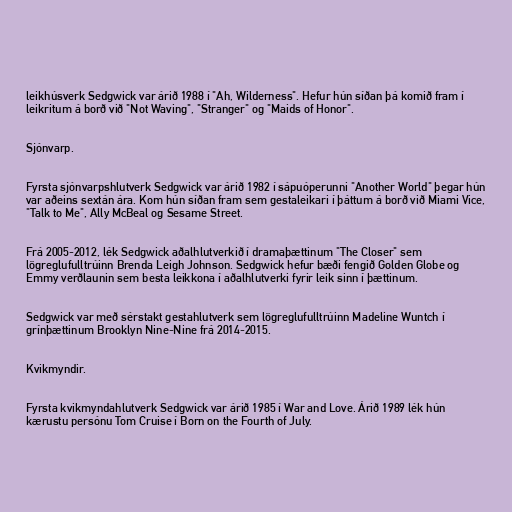
leikhúsverk Sedgwick var árið 1988 í "Ah, Wilderness". Hefur hún síðan þá komið fram í
leikritum á borð við "Not Waving", "Stranger" og "Maids of Honor".

Sjónvarp.

Fyrsta sjónvarpshlutverk Sedgwick var árið 1982 í sápuóperunni "Another World" þegar hún
var aðeins sextán ára. Kom hún síðan fram sem gestaleikari í þáttum á borð við Miami Vice,
"Talk to Me", Ally McBeal og Sesame Street.

Frá 2005-2012, lék Sedgwick aðalhlutverkið í dramaþættinum "The Closer" sem
lögreglufulltrúinn Brenda Leigh Johnson. Sedgwick hefur bæði fengið Golden Globe og
Emmy verðlaunin sem besta leikkona í aðalhlutverki fyrir leik sinn í þættinum.

Sedgwick var með sérstakt gestahlutverk sem lögreglufulltrúinn Madeline Wuntch í
grínþættinum Brooklyn Nine-Nine frá 2014-2015.

Kvikmyndir.

Fyrsta kvikmyndahlutverk Sedgwick var árið 1985 í War and Love. Árið 1989 lék hún
kærustu persónu Tom Cruise í Born on the Fourth of July.